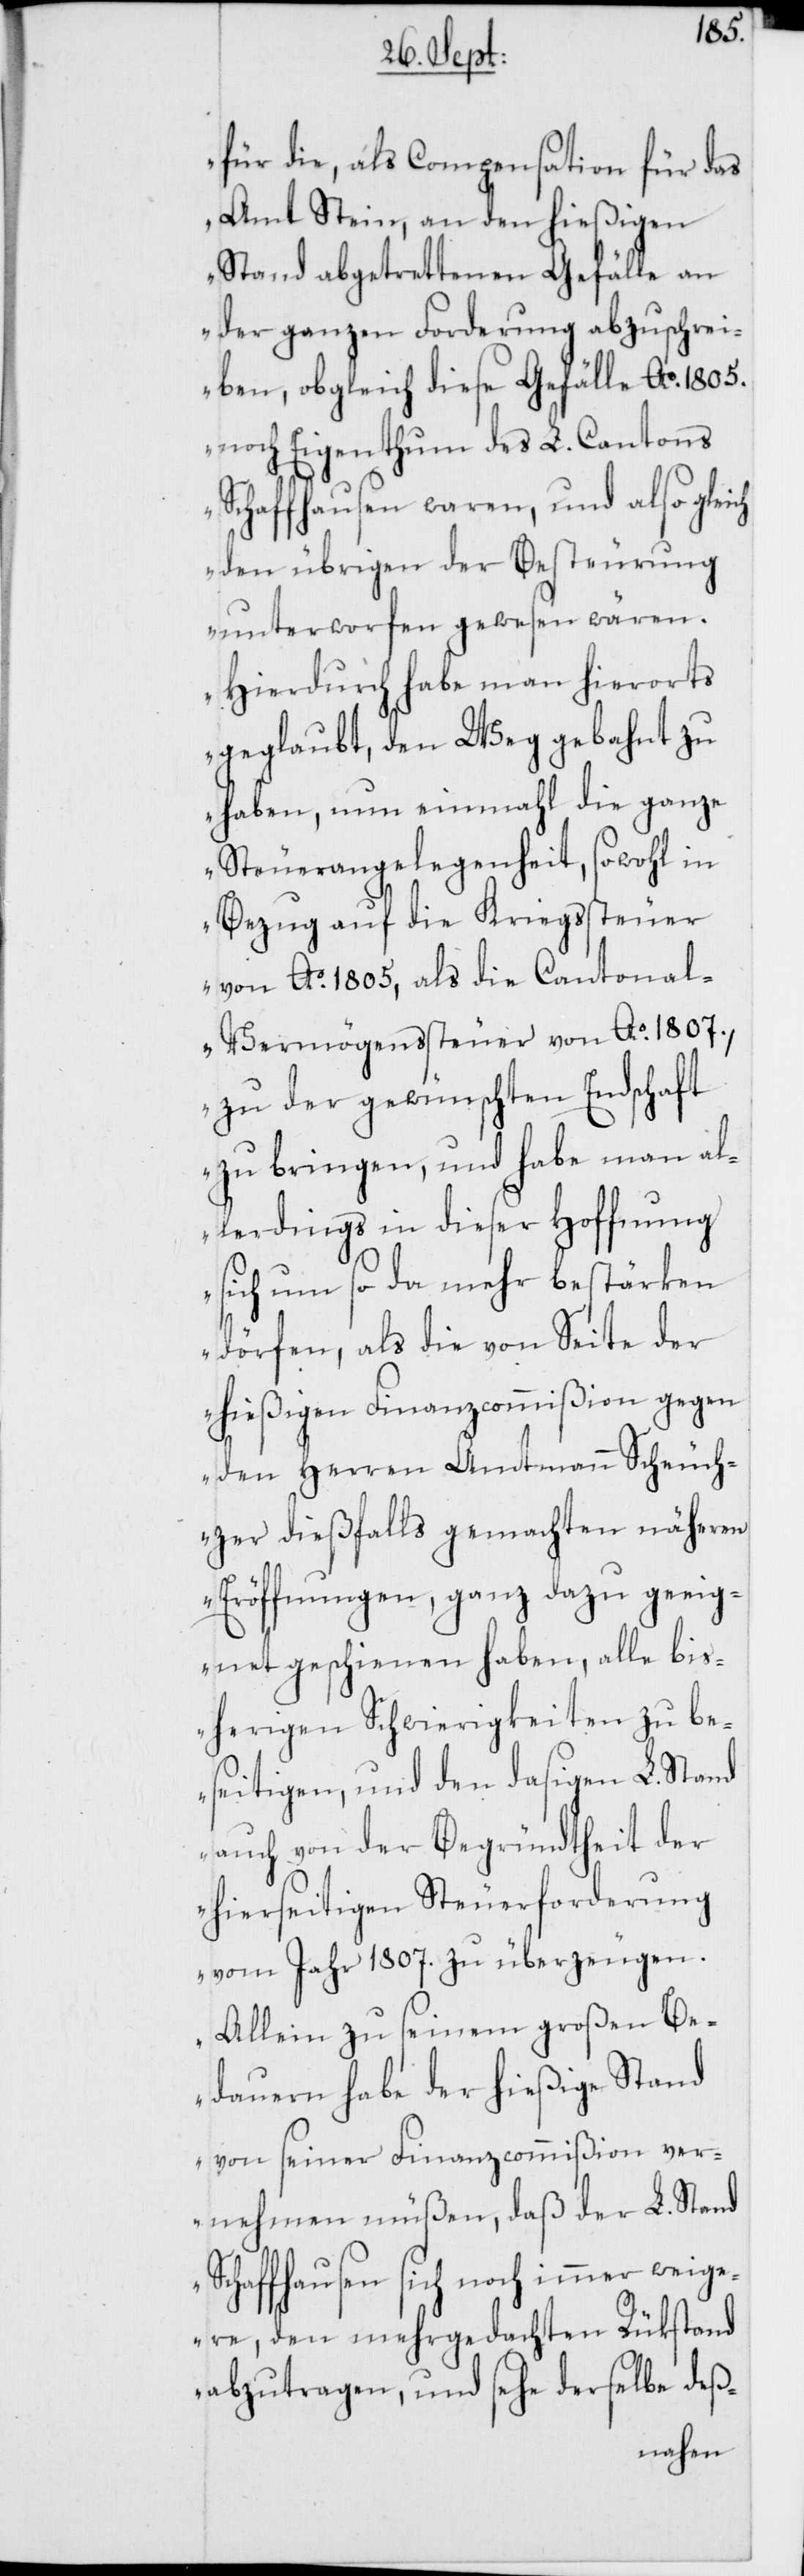
für die, als Compensation für das
Amt Stein, an den hießigen
Stand abgetrettenen Gefälle an
der ganzen Forderung abzuschrei¬
ben, obgleich diese Gefälle Ao. 1805.
noch Eigenthum des L. Cantons
Schaffhausen waren, und also gleich
den übrigen der Besteurung
unterworfen gewesen wären.
Hierdurch habe man hierorts
geglaubt, den Weg gebahnt zu
haben, nun einmahl die ganze
Steuerangelegenheit, sowohl in
Bezug auf die Kriegssteuer
von Ao. 1805, als die Cantona¬
l-Vermögenssteuer von Ao. 1807.,
zu der gewünschten Endschaft
zu bringen, und habe man al¬
lerdings in dieser Hoffnung
sich um so da mehr bestärken
dörfen, als die von Seite der
hießigen Finanzcommißion gegen
den Herren Amtmann Scheuch¬
zer dießfalls gemachten näheren
Eröffnungen, ganz dazu geeig¬
net geschienen haben, alle bis¬
herigen Schwierigkeiten zu be¬
seitigen, und den dasigen L. Stand
auch von der Begründtheit der
hierseitigen Steuerforderung
vom Jahr 1807. zu überzeugen.
Allein zu seinem großen Be¬
dauern habe der hießige Stand
von seiner Finanzcommißion ver¬
nehmen müßen, daß der L. Stand
Schaffhausen sich noch immer weige¬
re, den mehrgedachten Rükstand
abzutragen, und sehe derselbe deß-